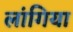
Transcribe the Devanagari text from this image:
लांगिया